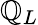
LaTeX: \mathbb{Q}_{L}